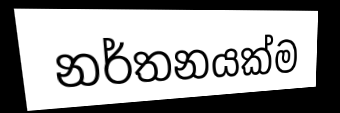
නර්තනයක්ම